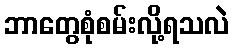
ဘာတွေစုံစမ်းလို့ရသလဲ